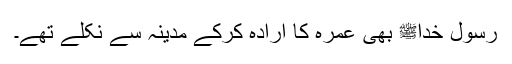
رسول خداﷺ بھی عمرہ کا ارادہ کرکے مدینہ سے نکلے تھے۔